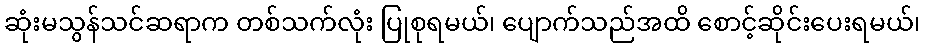
ဆုံးမသွန်သင်ဆရာက တစ်သက်လုံး ပြုစုရမယ်၊ ပျောက်သည်အထိ စောင့်ဆိုင်းပေးရမယ်၊